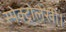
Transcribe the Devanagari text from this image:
स्पेक्ट्रोलेखी।